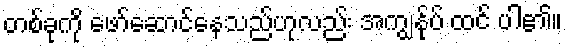
တစ်ခုကို ဖော်ဆောင်နေသည်ဟုလည်း အကျွန်ုပ် ထင် ပါ၏။